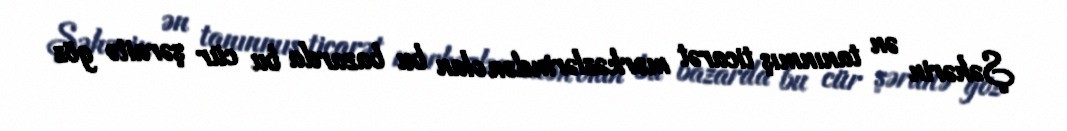
Şəhərin ən tanınmış ticarət mərkəzlərindən olan bu bazarda bu cür şəraitə göz